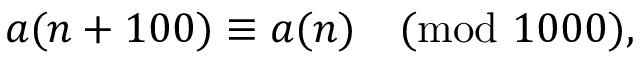
a ( n + 1 0 0 ) \equiv a ( n ) { \pmod { 1 0 0 0 } } ,